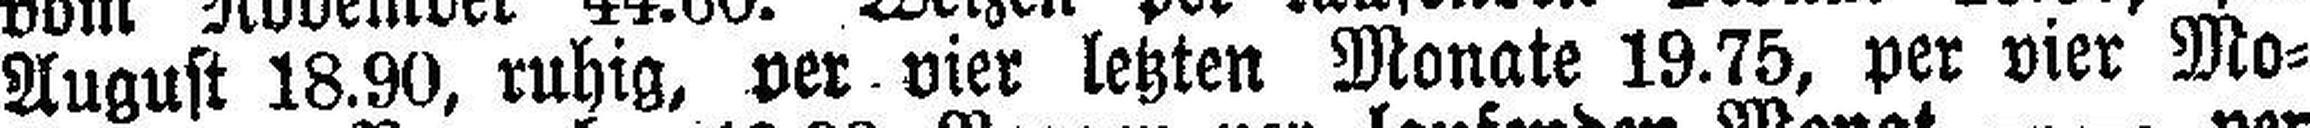
August 18.90, ruhig, per vier letzten Monate 19.75, per vier Mo¬